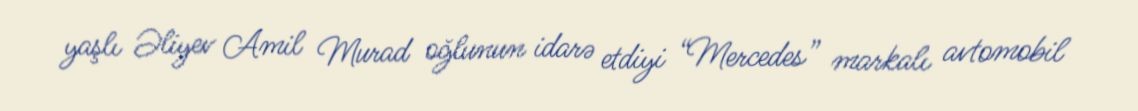
yaşlı Əliyev Amil Murad oğlunun idarə etdiyi “Mercedes” markalı avtomobil